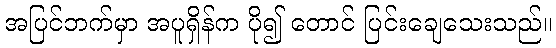
အပြင်ဘက်မှာ အပူရှိန်က ပို၍ တောင် ပြင်းချေသေးသည်။